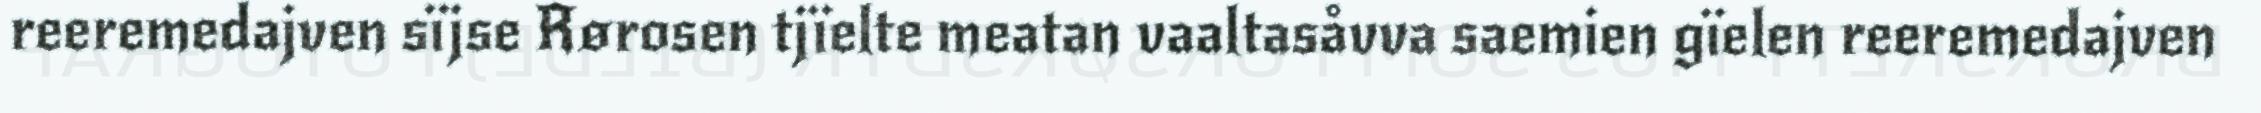
reeremedajven sïjse Rørosen tjïelte meatan vaaltasåvva saemien gïelen reeremedajven